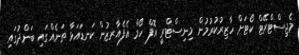
މެޖިސްޓްރޭޓް ކޯޓަށް ހާޒިރުކުރުމުން މިނިސްޓްރީ އޮފް ހޯމް އެފެއާރޒުން ކަނޑައަޅާ ތަނެއްގައި ބަންދުގައި